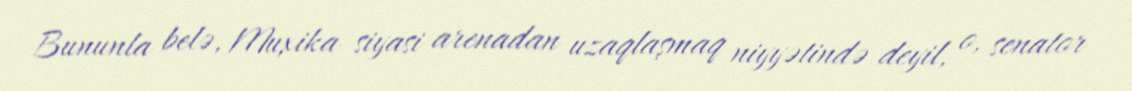
Bununla belə, Muxika siyasi arenadan uzaqlaşmaq niyyətində deyil, o, senator